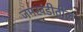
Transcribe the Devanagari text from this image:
जमखंडीतील